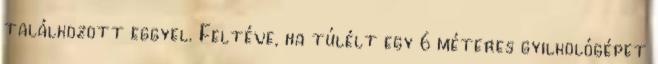
találkozott eggyel. Feltéve, ha túlélt egy 6 méteres gyilkológépet